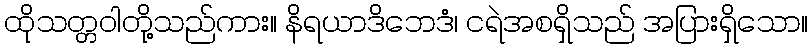
ထိုသတ္တဝါတို့သည်ကား။ နိရယာဒိဘေဒံ၊ ငရဲအစရှိသည် အပြားရှိသော။